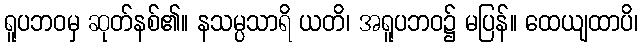
ရူပဘဝမှ ဆုတ်နစ်၏။ နသမ္ပသာရိ ယတိ၊ အရူပဘဝ၌ မပြန်။ ထေယျထာပိ၊